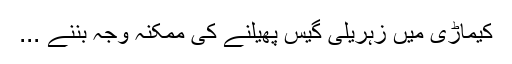
کیماڑی میں زہریلی گیس پھیلنے کی ممکنہ وجہ بننے ...